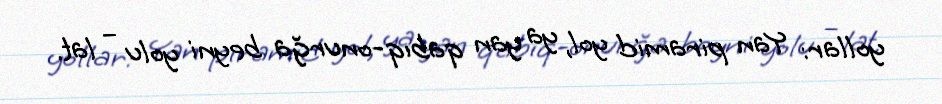
yollar: Yan piramid yol, ya yan qabıq-onurğa beyni yolu – lat.